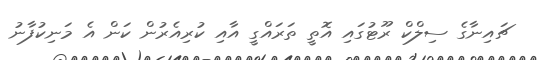
ޗައިނާގެ ސިލްކް ރޫޓުގައި އޮތީ ތަރައްގީ އާއި ކުރިއެރުން ކަން އެ މަނިކުފާނު